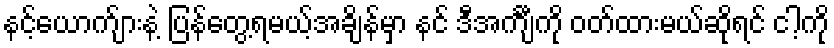
နင့်ယောက်ျားနဲ့ ပြန်တွေ့ရမယ့်အချိန်မှာ နင် ဒီအင်္ကျီကို ဝတ်ထားမယ်ဆိုရင် ငါ့ကို